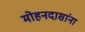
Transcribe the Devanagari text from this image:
मोहनदासांना